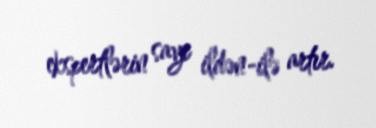
ekspertlərin sayı ildən-ilə artır.